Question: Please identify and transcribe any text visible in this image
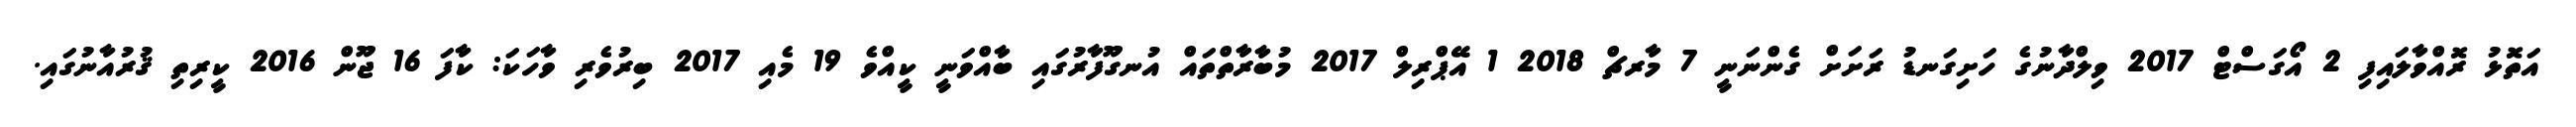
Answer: އަތޮޅު ރޮއްވާލައިފި 2 އޯގަސްޓް 2017 ވިލްދާނުގެ ހަށިގަނޑު ރަށަށް ގެންނަނީ 7 މާރޗް 2018 1 އޭޕްރިލް 2017 މުބާރާތްތައް އުނގޫފާރުގައި ބާއްވަނީ ކީއްވެ 19 މެއި 2017 ބިރުވެރި ވާހަކަ: ކާފަ 16 ޖޫން 2016 ކީރިތި ޤުރުއާނުގައި.